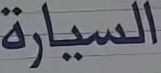
السيارة